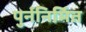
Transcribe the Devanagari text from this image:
पुर्ननिर्मित